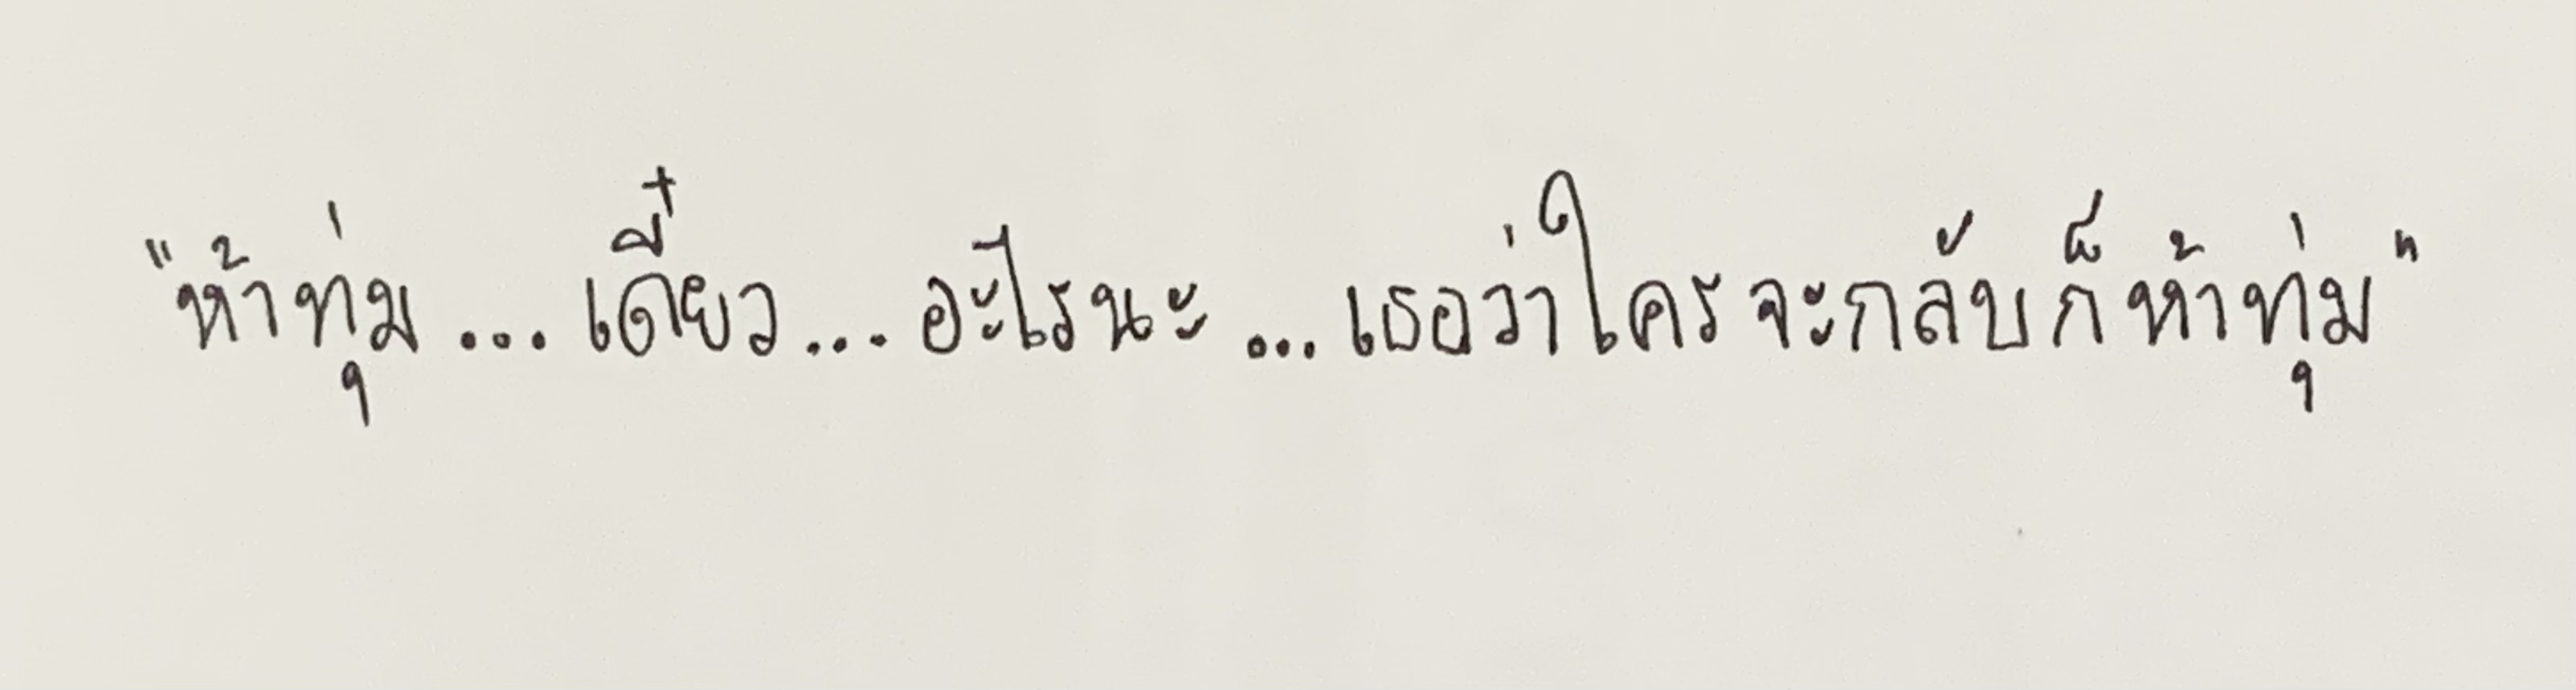
"ห้าทุ่ม...เดี๋ยว...อะไรนะ...เธอว่าใครจะกลับก็ห้าทุ่ม"